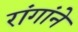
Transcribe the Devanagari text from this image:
रांगांने